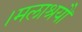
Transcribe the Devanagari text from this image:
।मलाश्रयौ